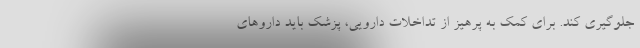
جلوگیری کند. برای کمک به پرهیز از تداخلات دارویی، پزشک باید داروهای